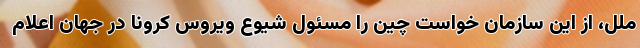
ملل، از این سازمان خواست چین را مسئول شیوع ویروس کرونا در جهان اعلام